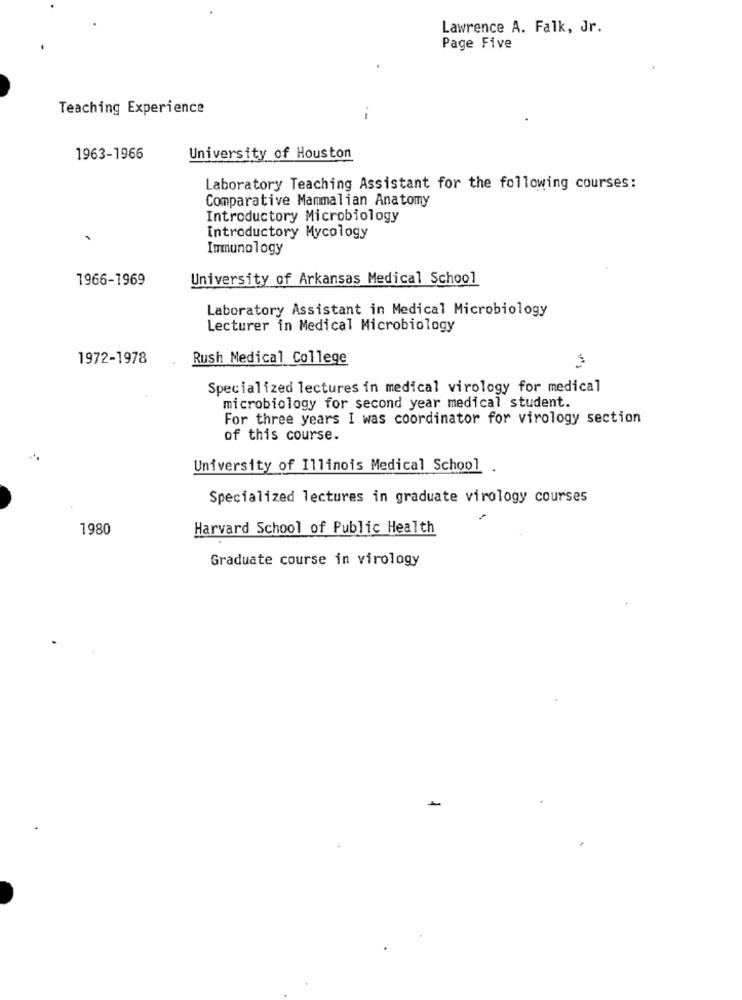
Lawrence A. Falk, Jr.
Page Five
Teaching Experience
1963-1966
University of Houston
Laboratory Teaching Assistant for the following courses:
Comparative Mammalian Anatomy
Introductory Microbiology
Introductory Mycology
Immunology
1966-1969
University of Arkansas Medical School
Laboratory Assistant in Medical Microbiology
Lecturer in Medical Microbiology
1972-1978
Rush Medical College
Specialized lectures in medical virology for medical
microbiology for second year medical student.
For three years I was coordinator for virology section
of this course.
University of Illinois Medical School .
Specialized lectures in graduate virology courses
1980
Harvard School of Public Health
Graduate course in virology